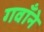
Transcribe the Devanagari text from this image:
गवाँने